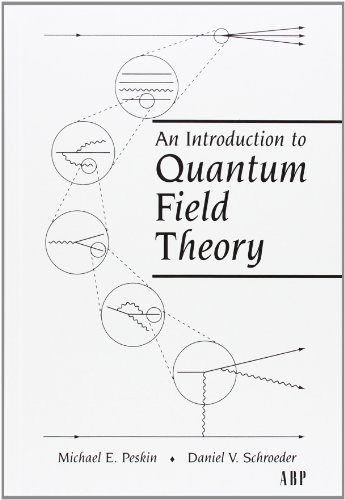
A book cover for An Introduction To Quantum Field Theory (Frontiers in Physics); Michael E. Peskin; Science & Math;